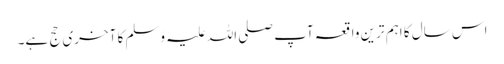
اس سال کا اہم ترین واقعہ آپ صلی اللہ علیہ وَسلم کا آخری حج ہے۔